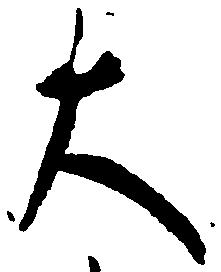
大